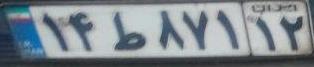
۱۴ط۸۷۱۱۲